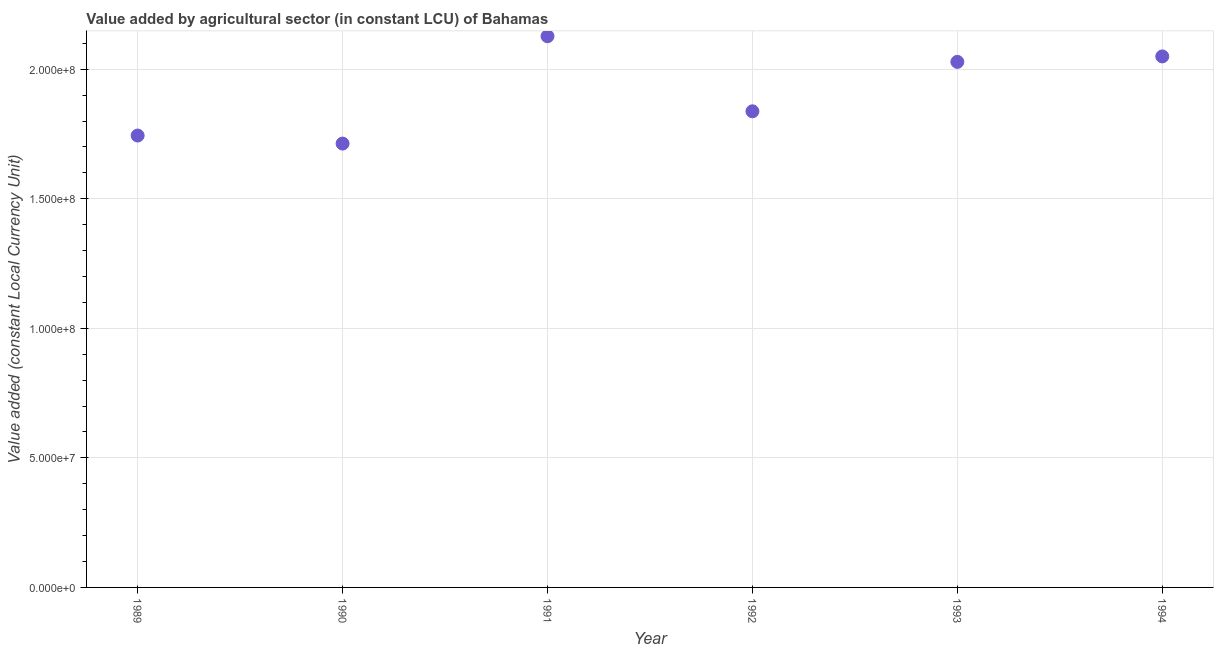
| Year | Agriculture |
 | --- | --- |
 | 1989 | 1.74e+08 |
 | 1990 | 1.71e+08 |
 | 1991 | 2.13e+08 |
 | 1992 | 1.84e+08 |
 | 1993 | 2.03e+08 |
 | 1994 | 2.05e+08 |